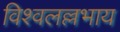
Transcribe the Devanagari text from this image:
विश्वलल्लभाय